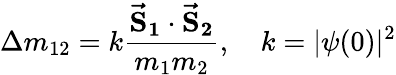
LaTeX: \Delta m_{12}=k\frac{\mathbf{{\vec{S}_{1}}\cdot{\vec{S}_{2}}}}{m_{1}m_{2}},~~~~k=|\psi(0)|^{2}